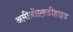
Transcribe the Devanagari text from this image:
अमीनोएल्डीहाइड